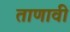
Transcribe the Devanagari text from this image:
ताणावी